Language: tamil
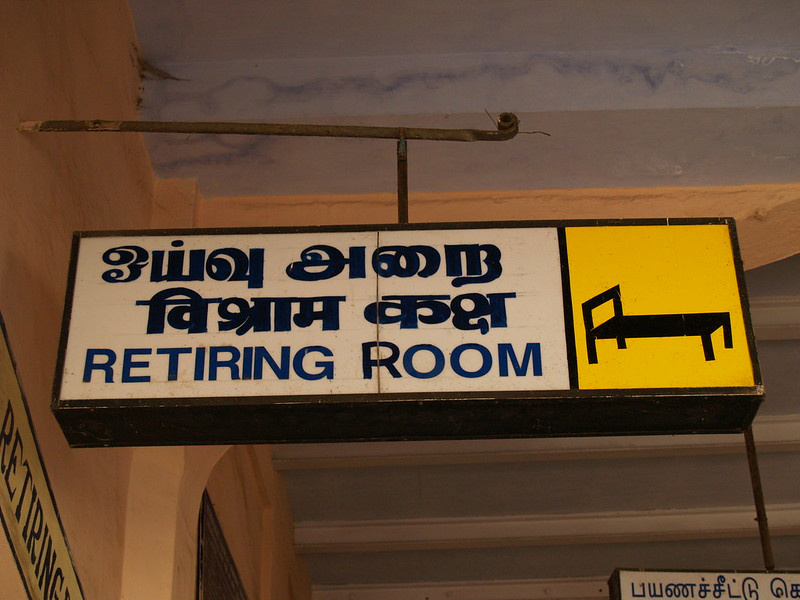
Transcription: ஓய்வு அறை பயணச்சீட்டு கெ